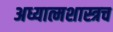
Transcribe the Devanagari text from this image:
अध्यात्मशास्त्रच